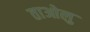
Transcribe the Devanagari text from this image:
ताओलु